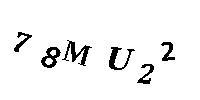
78MU22